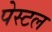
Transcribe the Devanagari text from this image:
पेस्‍टल